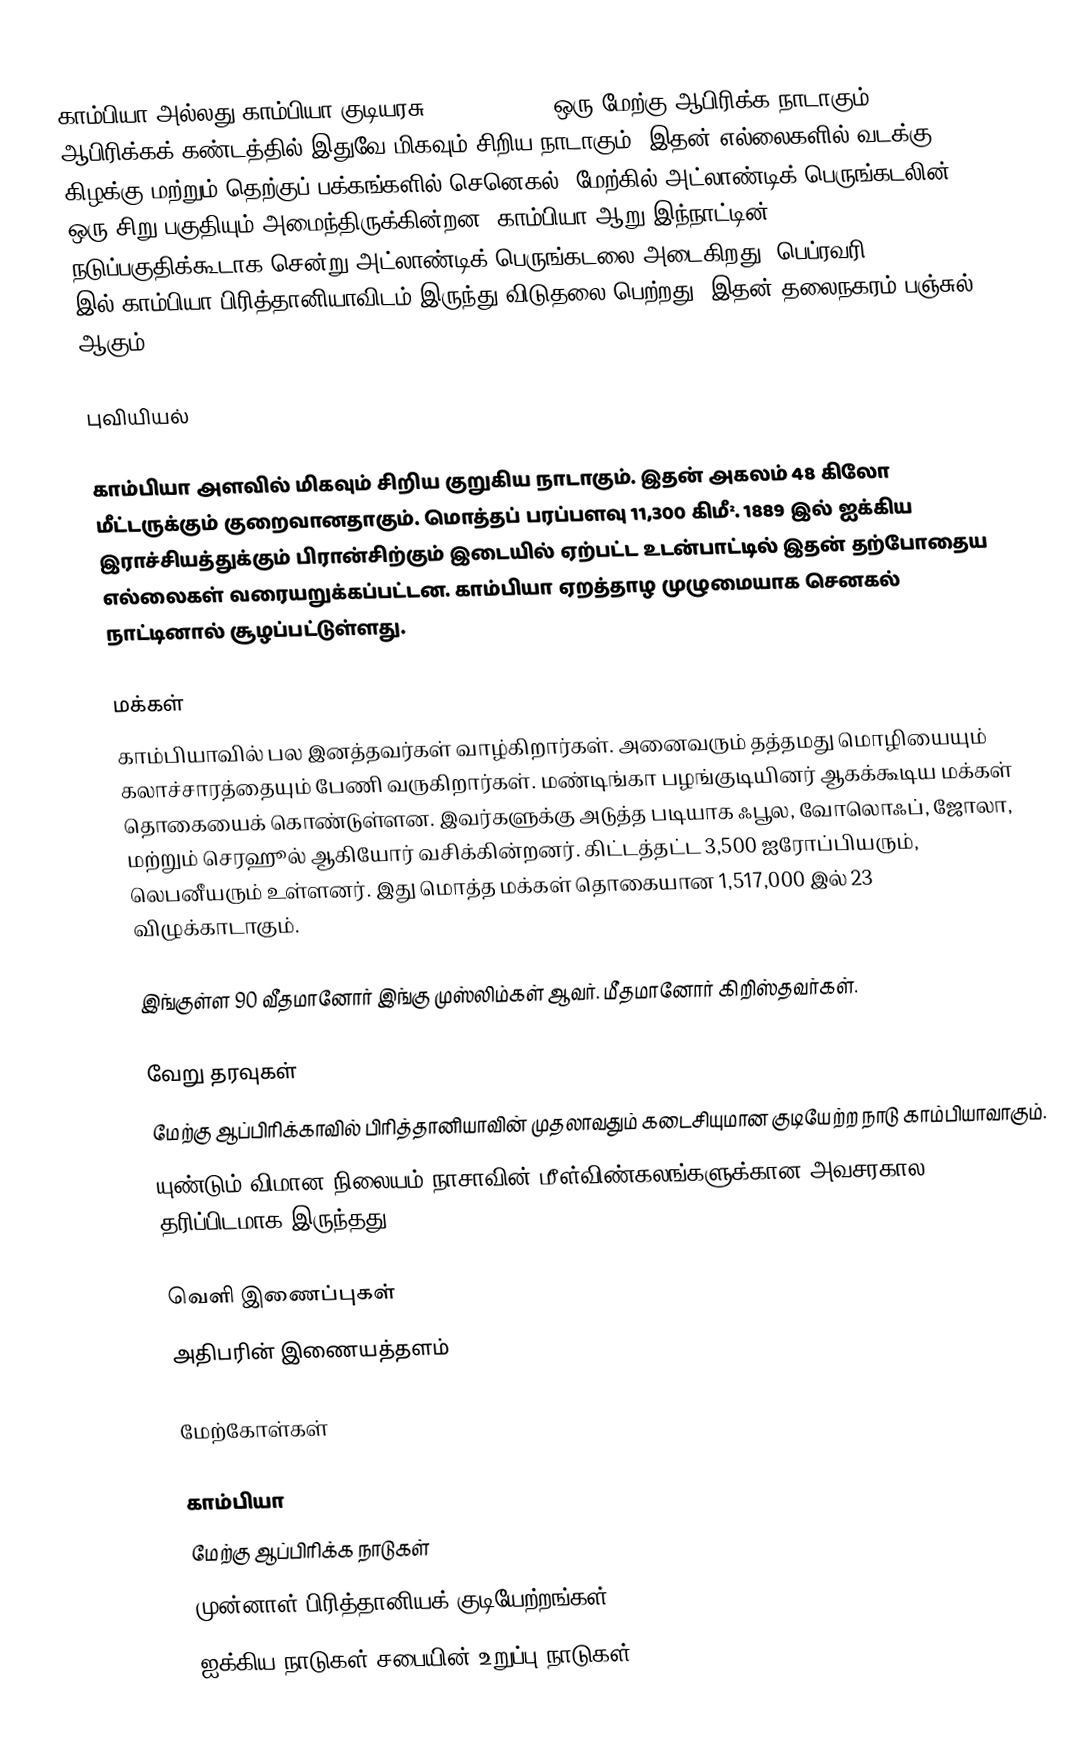
காம்பியா அல்லது காம்பியா குடியரசு (The Gambia), ஒரு மேற்கு ஆபிரிக்க நாடாகும். ஆபிரிக்கக் கண்டத்தில் இதுவே மிகவும் சிறிய நாடாகும். இதன் எல்லைகளில் வடக்கு, கிழக்கு மற்றும் தெற்குப் பக்கங்களில் செனெகல், மேற்கில் அட்லாண்டிக் பெருங்கடலின் ஒரு சிறு பகுதியும் அமைந்திருக்கின்றன. காம்பியா ஆறு இந்நாட்டின் நடுப்பகுதிக்கூடாக சென்று அட்லாண்டிக் பெருங்கடலை அடைகிறது. பெப்ரவரி 18, 1965 இல் காம்பியா பிரித்தானியாவிடம் இருந்து விடுதலை பெற்றது. இதன் தலைநகரம் பஞ்சுல் ஆகும்.

புவியியல்

காம்பியா அளவில் மிகவும் சிறிய குறுகிய நாடாகும். இதன் அகலம் 48 கிலோ மீட்டருக்கும் குறைவானதாகும். மொத்தப் பரப்பளவு 11,300 கிமீ². 1889 இல் ஐக்கிய இராச்சியத்துக்கும் பிரான்சிற்கும் இடையில் ஏற்பட்ட உடன்பாட்டில் இதன் தற்போதைய எல்லைகள் வரையறுக்கப்பட்டன. காம்பியா ஏறத்தாழ முழுமையாக செனகல் நாட்டினால் சூழப்பட்டுள்ளது.

மக்கள்
காம்பியாவில் பல இனத்தவர்கள் வாழ்கிறார்கள். அனைவரும் தத்தமது மொழியையும் கலாச்சாரத்தையும் பேணி வருகிறார்கள். மண்டிங்கா பழங்குடியினர் ஆகக்கூடிய மக்கள் தொகையைக் கொண்டுள்ளன. இவர்களுக்கு அடுத்த படியாக ஃபூல, வோலொஃப், ஜோலா, மற்றும் செரஹூல் ஆகியோர் வசிக்கின்றனர். கிட்டத்தட்ட 3,500 ஐரோப்பியரும், லெபனீயரும் உள்ளனர். இது மொத்த மக்கள் தொகையான 1,517,000 இல் 23 விழுக்காடாகும்.

இங்குள்ள 90 வீதமானோர் இங்கு முஸ்லிம்கள் ஆவர். மீதமானோர் கிறிஸ்தவர்கள்.

வேறு தரவுகள்
 மேற்கு ஆப்பிரிக்காவில் பிரித்தானியாவின் முதலாவதும் கடைசியுமான குடியேற்ற நாடு காம்பியாவாகும்.
 யுண்டும் விமான நிலையம் நாசாவின் மீள்விண்கலங்களுக்கான அவசரகால தரிப்பிடமாக இருந்தது.

வெளி இணைப்புகள்
 அதிபரின் இணையத்தளம்

மேற்கோள்கள்

காம்பியா
மேற்கு ஆப்பிரிக்க நாடுகள்
முன்னாள் பிரித்தானியக் குடியேற்றங்கள்
ஐக்கிய நாடுகள் சபையின் உறுப்பு நாடுகள்